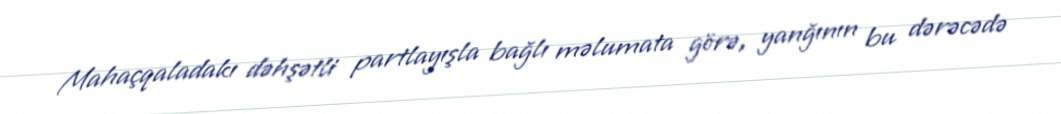
Mahaçqaladakı dəhşətli partlayışla bağlı məlumata görə, yanğının bu dərəcədə